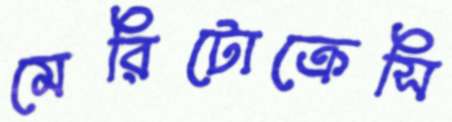
মেরিটোক্রেসি